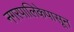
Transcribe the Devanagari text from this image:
नगरपालिकेपासून